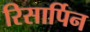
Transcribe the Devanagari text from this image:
रिसार्पिन